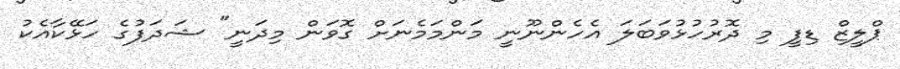
ޕްލީޒް ޑިފީ މި ދޮރުހުޅުވަބަލަ އެހެންނޫނީ މަންމަމެނަށް ގޮވަން މިދަނީ" ޝަދަފުގެ ހަޅޭކާއެކު